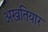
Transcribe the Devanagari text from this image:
अखतियार